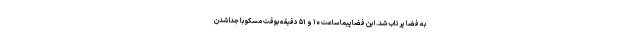
به فضا پرتاب شد. این فضاپیما ساعت ۱۰ و ۵۱ دقیقه بوقت مسکو با جدا شدن